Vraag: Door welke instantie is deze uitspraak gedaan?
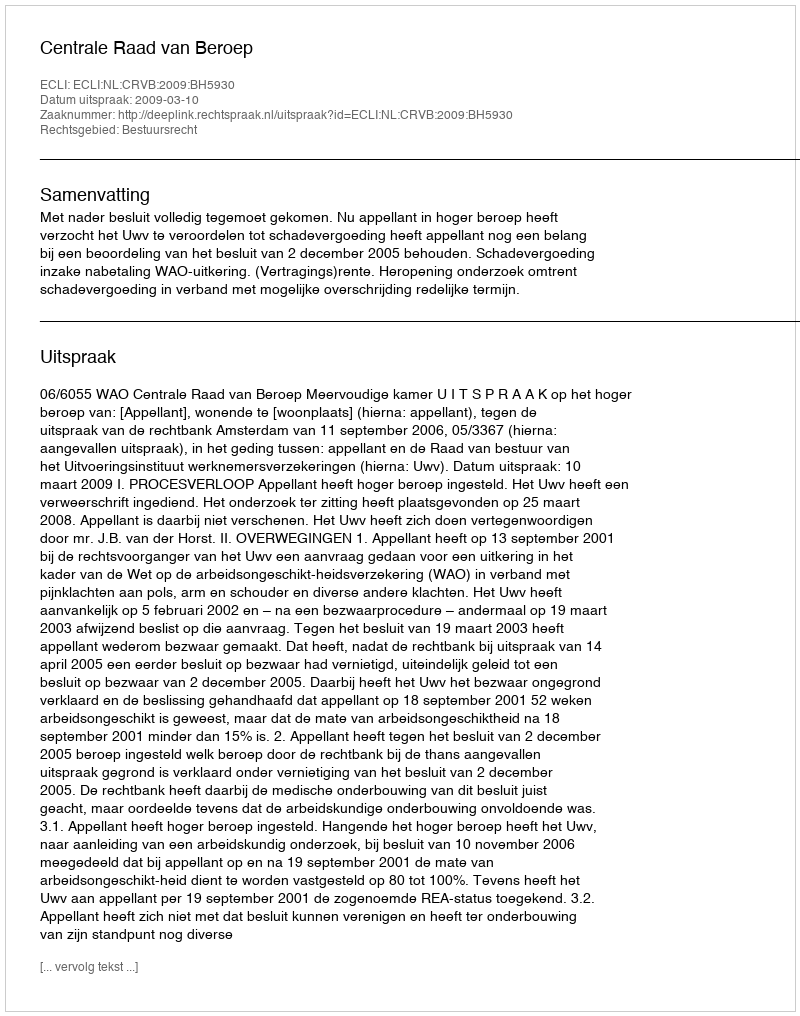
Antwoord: Centrale Raad van Beroep